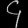
Digit: ၄